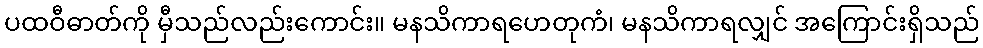
ပထဝီဓာတ်ကို မှီသည်လည်းကောင်း။ မနသိကာရဟေတုကံ၊ မနသိကာရလျှင် အကြောင်းရှိသည်